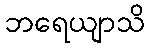
ဘရေယျာသိ